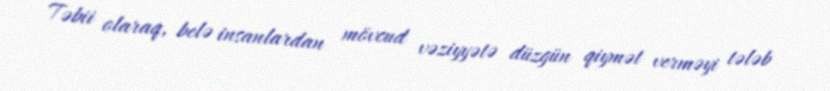
Təbii olaraq, belə insanlardan mövcud vəziyyətə düzgün qiymət verməyi tələb